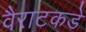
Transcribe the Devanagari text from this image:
वैराटकडे